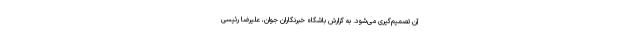
آن تصمیم‌گیری می‌شود. به گزارش باشگاه خبرنگاران جوان، علیرضا رئیسی